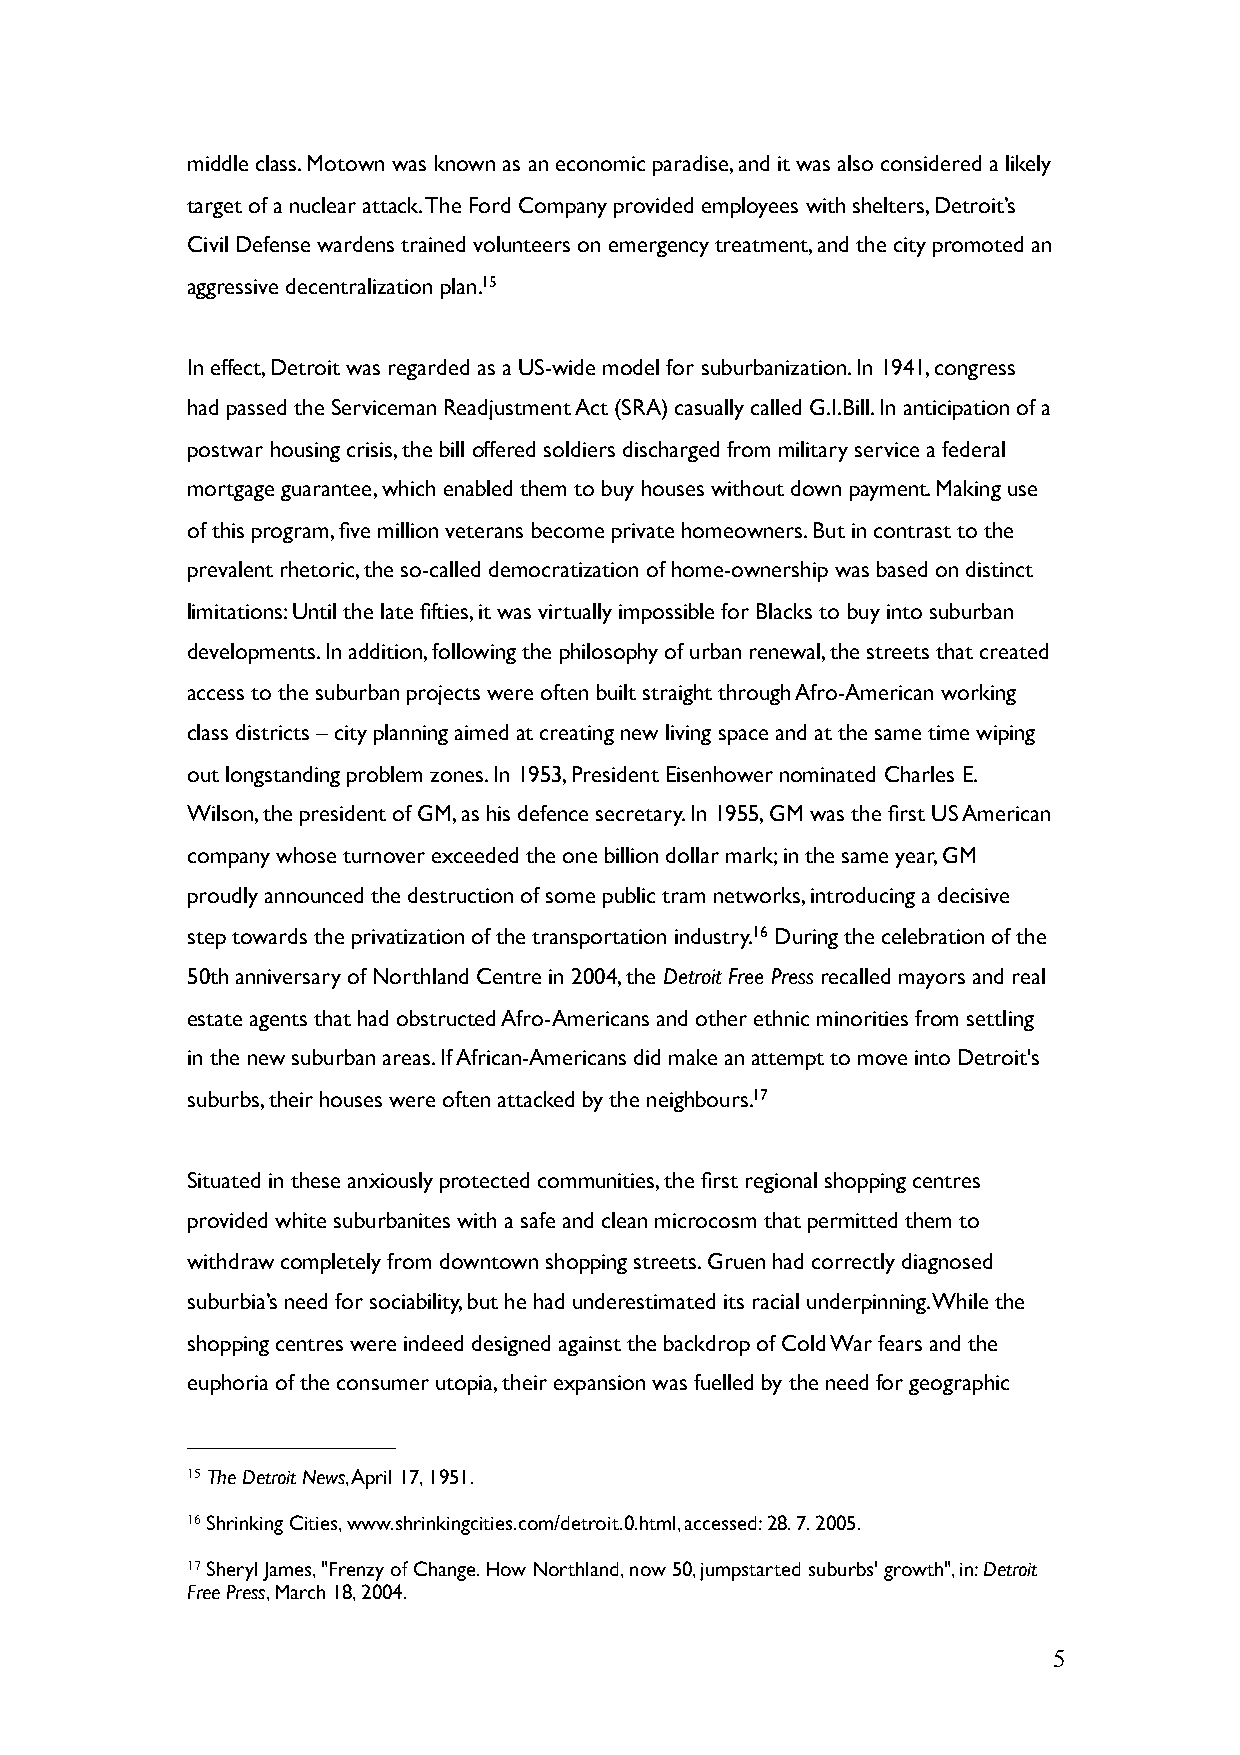
middle class. Motown was known as an economic paradise, and it was also considered a likely
 target of a nuclear attack. The Ford Company provided employees with shelters, Detroit’s
 Civil Defense wardens trained volunteers on emergency treatment, and the city promoted an
 aggressive decentralization plan.15
 In effect, Detroit was regarded as a US-wide model for suburbanization. In 1941, congress
 had passed the Serviceman Readjustment Act (SRA) casually called G.I.Bill. In anticipation of a
 postwar housing crisis, the bill offered soldiers discharged from military service a federal
 mortgage guarantee, which enabled them to buy houses without down payment. Making use
 of this program, five million veterans become private homeowners. But in contrast to the
 prevalent rhetoric, the so-called democratization of home-ownership was based on distinct
 limitations: Until the late fifties, it was virtually impossible for Blacks to buy into suburban
 developments. In addition, following the philosophy of urban renewal, the streets that created
 access to the suburban projects were often built straight through Afro-American working
 class districts – city planning aimed at creating new living space and at the same time wiping
 out longstanding problem zones. In 1953, President Eisenhower nominated Charles E.
 Wilson, the president of GM, as his defence secretary. In 1955, GM was the first US American
 company whose turnover exceeded the one billion dollar mark; in the same year, GM
 proudly announced the destruction of some public tram networks, introducing a decisive
 step towards the privatization of the transportation industry.16 During the celebration of the
 50th anniversary of Northland Centre in 2004, the Detroit Free Press recalled mayors and real
 estate agents that had obstructed Afro-Americans and other ethnic minorities from settling
 in the new suburban areas. If African-Americans did make an attempt to move into Detroit's
 suburbs, their houses were often attacked by the neighbours.17
 Situated in these anxiously protected communities, the first regional shopping centres
 provided white suburbanites with a safe and clean microcosm that permitted them to
 withdraw completely from downtown shopping streets. Gruen had correctly diagnosed
 suburbia’s need for sociability, but he had underestimated its racial underpinning. While the
 shopping centres were indeed designed against the backdrop of Cold War fears and the
 euphoria of the consumer utopia, their expansion was fuelled by the need for geographic
 15 The Detroit News, April 17, 1951.
 16 Shrinking Cities, www.shrinkingcities.com/detroit.0.html, accessed: 28. 7. 2005.
 17 Sheryl James, "Frenzy of Change. How Northland, now 50, jumpstarted suburbs' growth", in: Detroit
 Free Press, March 18, 2004.
 5